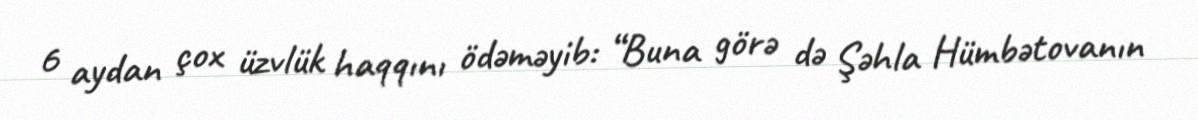
6 aydan çox üzvlük haqqını ödəməyib: “Buna görə də Şəhla Hümbətovanın